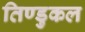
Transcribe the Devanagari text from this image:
तिण्डुकल